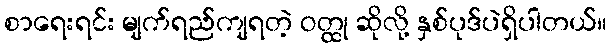
စာရေးရင်း မျက်ရည်ကျရတဲ့ ဝတ္ထု ဆိုလို့ နှစ်ပုဒ်ပဲရှိပါတယ်။